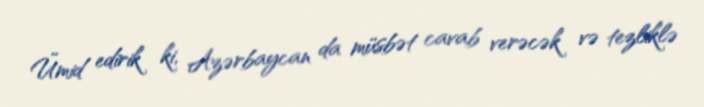
Ümid edirik ki, Azərbaycan da müsbət cavab verəcək və tezliklə